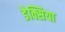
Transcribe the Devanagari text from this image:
डेक्सिया